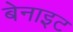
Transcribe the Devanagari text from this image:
बेनाइट